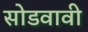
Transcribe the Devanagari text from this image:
सोडवावी